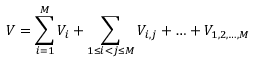
V = \sum _ { i = 1 } ^ { M } V _ { i } + \sum _ { 1 \leq i < j \leq M } V _ { i , j } + \dotsc + V _ { 1 , 2 , \dotsc , M }